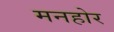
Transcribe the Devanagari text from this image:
मनहोर